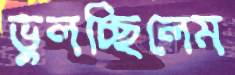
ভুলচ্ছিলেম